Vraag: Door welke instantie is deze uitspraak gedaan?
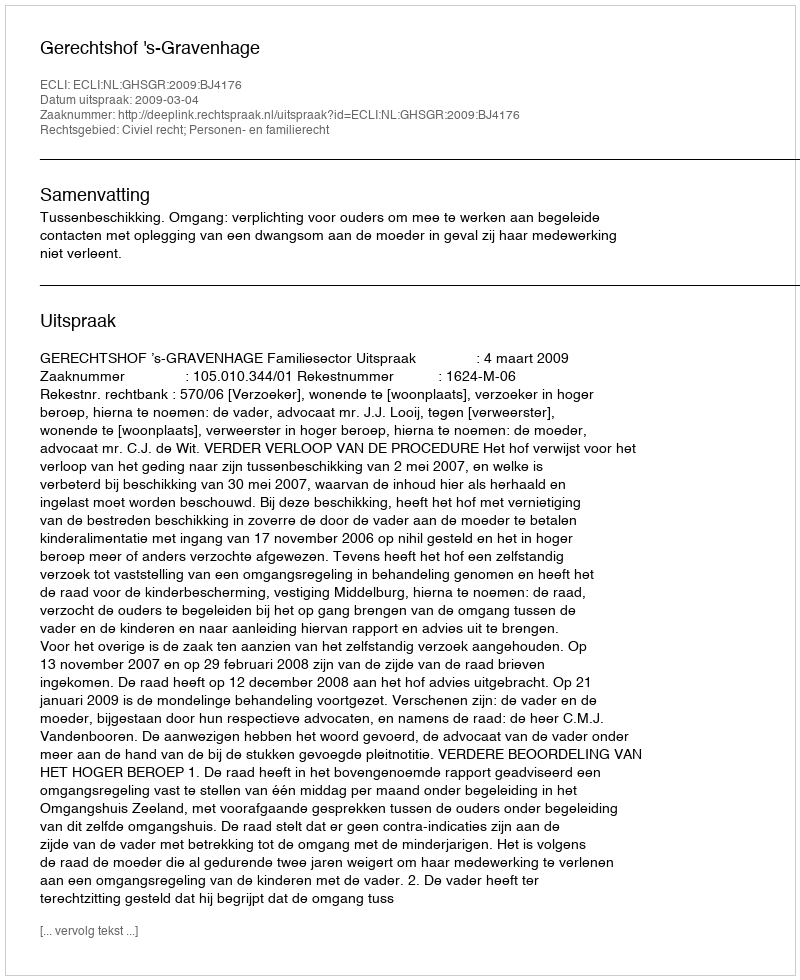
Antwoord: Gerechtshof 's-Gravenhage